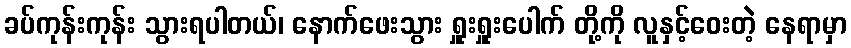
ခပ်ကုန်းကုန်း သွားရပါတယ်၊ နောက်ဖေးသွား ရှူးရှူးပေါက် တို့ကို လူနှင့်ဝေးတဲ့ နေရာမှာ